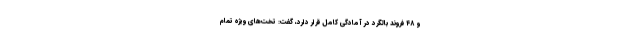
و ۴۸ فروند بالگرد در آمادگی کامل قرار دارد، گفت: تخت‌های ویژه تمام